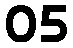
05